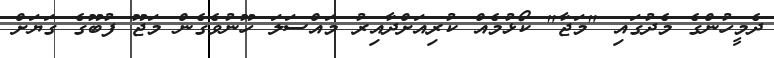
ދެމީހުންގެ މެދުގައި "މަޖާ" ކޯޅުމެއް ކުރިއަށްދާއިރު މައްސަލަ ހޫނުވެގެން މަޖޫ ފުބޫގެ ގަޔަށް